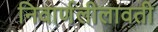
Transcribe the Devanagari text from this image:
निवार्णलीलावती